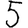
Digit: 5